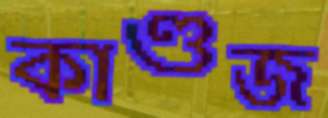
কাণ্ডজ